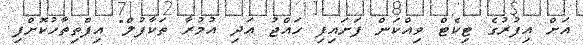
އަށް އިފުރުގެ ޓިކެޓް ވިއްކަން ފަށައިފި ހައްޖު އަދި އުމުރާ ތަކާފުލް" އިފްތިތާހުކޮށްފި